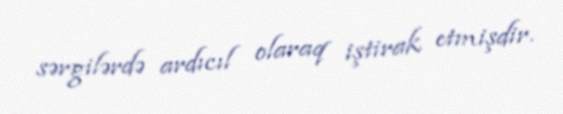
sərgilərdə ardıcıl olaraq iştirak etmişdir.